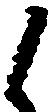
候